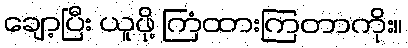
ချော့ပြီး ယူဖို့ ကြံထားကြတာကိုး။